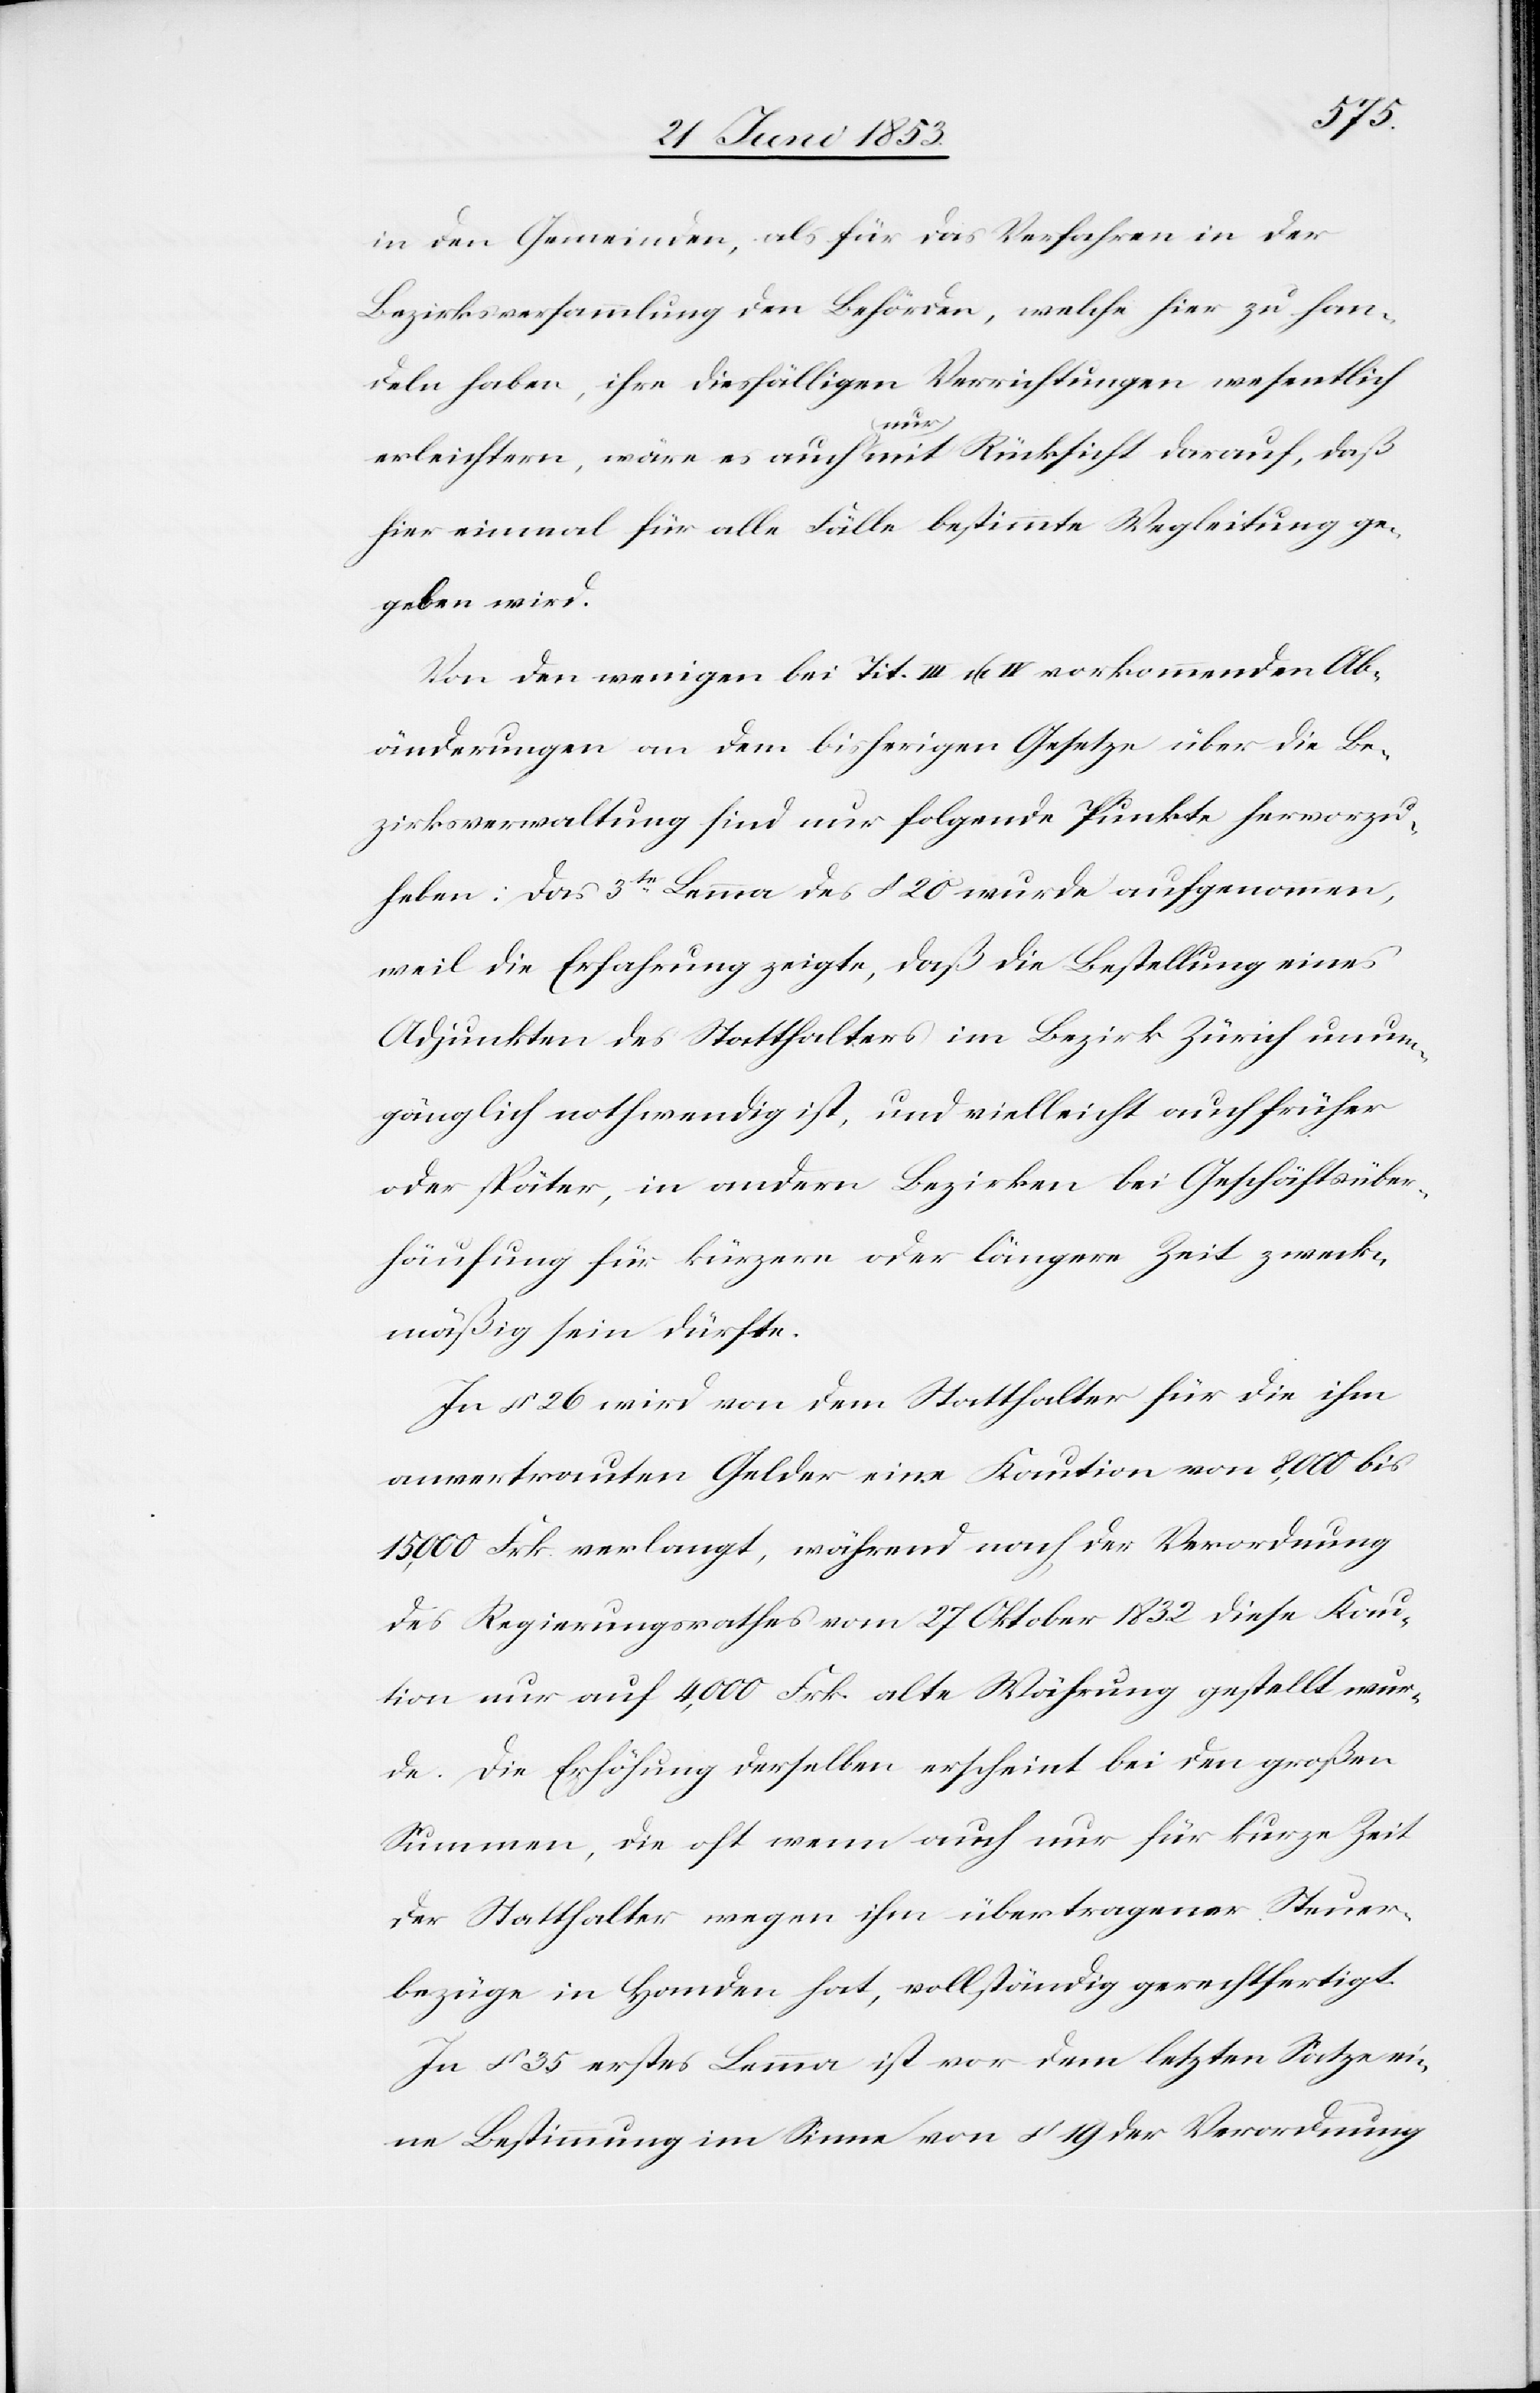
in den Gemeinden, als für das Verfahren in der
Bezirksversammlung den Behörden, welche hier zu han¬
deln haben, ihre diesfälligen Verrichtungen wesentlich
erleichtern, wäre es auch (nur) mit Rücksicht darauf, daß
hier einmal für alle Fälle bestimmte Wegleitung ge¬
geben wird.
Von den wenigen bei Tit. III u. IV vorkommenden Ab¬
änderungen an dem bisherigen Gesetze über die Be¬
zirksverwaltung sind nur folgende Punkte hervorzu¬
heben: Das 3te. Lemma des § 20 wurde aufgenommen,
weil die Erfahrung zeigte, daß die Bestellung eines
Adjunkten des Statthalters im Bezirk Zürich unum¬
gänglich nothwendig ist, und vielleicht auch früher
oder später, in andern Bezirken bei Geschäftsüber¬
häufung für kürzere oder längere Zeit zweck¬
mäßig sein dürfte.
In § 26 wird von dem Statthalter für die ihm
anvertrauten Gelder eine Kaution von 8,000 bis
15,000 Frk. verlangt, während nach der Verordnung
des Regierungsrathes vom 27 Oktober 1832 diese Kau¬
tion nur auf 4,000 Frk. alte Währung gestellt wur¬
de. Die Erhöhung derselben erscheint bei den großen
Summen, die oft wenn auch nur für kurze Zeit
der Statthalter wegen ihm übertragener Steuer¬
bezüge in Handen hat, vollständig gerechtfertigt.
In § 35 erstes Lemma ist vor dem letzten Satze ei¬
ne Bestimmung im Sinne von § 19 der Verordnung